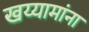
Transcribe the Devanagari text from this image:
खय्यामांना